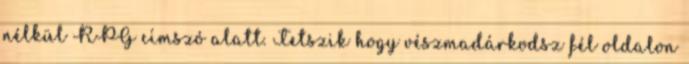
nélkül RPG címszó alatt. Tetszik hogy vészmadárkodsz fél oldalon